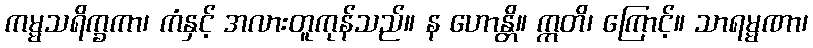
ကမ္မသရိက္ခကာ၊ ကံနှင့် အလားတူကုန်သည်။ န ဟောန္တိ။ ဣတိ၊ ကြောင့်။ သာရမ္မဏာ၊